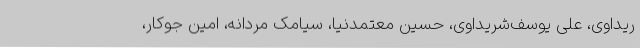
ریداوی، علی یوسف‌شریداوی، حسین معتمدنیا، سیامک مردانه، امین جوکار،